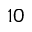
^ { 1 0 }